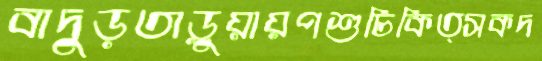
বাদুড়তাড়ুয়ায়পশুচিকিত্সকদ